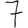
Digit: 7